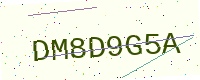
Text: DM8D9G5A